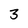
Character: 3